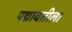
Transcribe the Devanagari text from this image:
पद्मावतीला